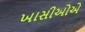
ખાસીઓએ